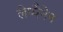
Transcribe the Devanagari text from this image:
लेप्पैनेन